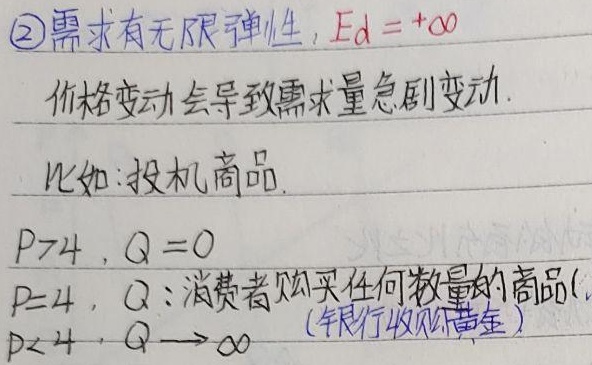
\textcircled{2} 需求有无限弹性，\(E_d = +\infty\)。价格变动会导致需求量急剧变动。比如：投机商品，当\(P > 4\)时，\(Q = 0\)；当\(P = 4\)时，\(Q\)：消费者购买任何数量的商品 (银行收购黄金)；当\(P < 4\)时，\(Q\rightarrow\infty\)